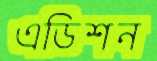
এডিশন